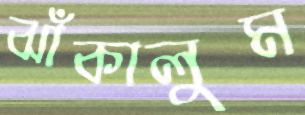
ঝাঁকালুম